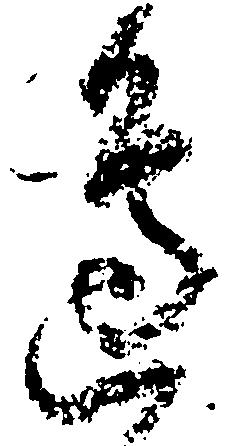
辺